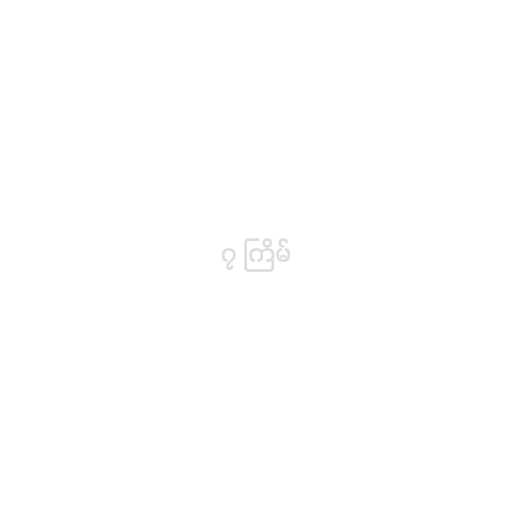
၇ ကြိမ်